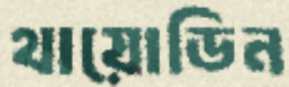
থায়োডিন